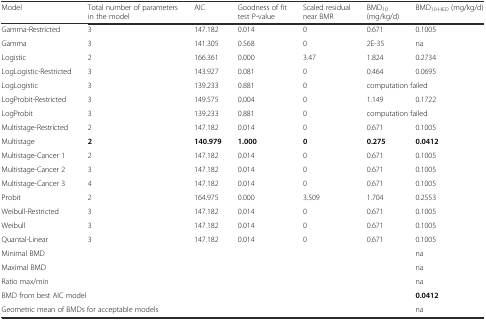
| Model | Total number of parameters in the model | AIC | Goodness of fit test P-value | Scaled residual near BMR | BMD10(mg/kg/d) | BMD10-HED (mg/kg/d) |
 | --- | --- | --- | --- | --- | --- | --- |
 | Gamma-Restricted | 3 | 147.182 | 0.014 | 0 | 0.671 | 0.1005 |
 | Gamma | 3 | 141.305 | 0.568 | 0 | 2E-35 | na |
 | Logistic | 2 | 166.361 | 0.000 | 3.47 | 1.824 | 0.2734 |
 | LogLogistic-Restricted | 3 | 143.927 | 0.081 | 0 | 0.464 | 0.0695 |
 | LogLogistic | 3 | 139.233 | 0.881 | 0 | <COLSPAN=2> computation failed |
 | LogProbit-Restricted | 3 | 149.575 | 0.004 | 0 | 1.149 | 0.1722 |
 | LogProbit | 3 | 139.233 | 0.881 | 0 | <COLSPAN=2> computation failed |
 | Multistage-Restricted | 2 | 147.182 | 0.014 | 0 | 0.671 | 0.1005 |
 | Multistage | 2 | 140.979 | 1.000 | 0 | 0.275 | 0.0412 |
 | Multistage-Cancer 1 | 2 | 147.182 | 0.014 | 0 | 0.671 | 0.1005 |
 | Multistage-Cancer 2 | 3 | 147.182 | 0.014 | 0 | 0.671 | 0.1005 |
 | Multistage-Cancer 3 | 4 | 147.182 | 0.014 | 0 | 0.671 | 0.1005 |
 | Probit | 2 | 164.975 | 0.000 | 3.509 | 1.704 | 0.2553 |
 | Weibull-Restricted | 3 | 147.182 | 0.014 | 0 | 0.671 | 0.1005 |
 | Weibull | 3 | 147.182 | 0.014 | 0 | 0.671 | 0.1005 |
 | Quantal-Linear | 3 | 147.182 | 0.014 | 0 | 0.671 | 0.1005 |
 | <COLSPAN=6> Minimal BMD | na |
 | <COLSPAN=6> Maximal BMD | na |
 | <COLSPAN=6> Ratio max/min | na |
 | <COLSPAN=6> BMD from best AIC model | 0.0412 |
 | <COLSPAN=6> Geometric mean of BMDs for acceptable models | na |